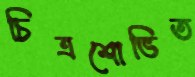
চিত্রশোভিত